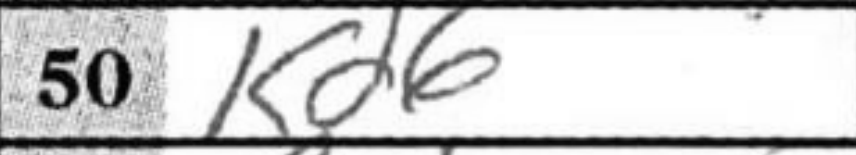
Transcription: Kd6